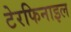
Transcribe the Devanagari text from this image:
टेरफिनाइल